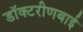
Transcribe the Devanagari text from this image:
डॉक्टरीणबाई